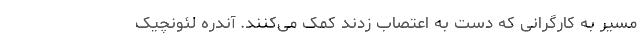
مسیر به کارگرانی که دست به اعتصاب زدند کمک می‌کنند. آندره لئونچیک